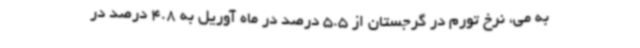
به می، نرخ تورم در گرجستان از 5.5 درصد در ماه آوریل به 4.8 درصد در